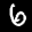
Label: 6